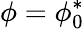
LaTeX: \phi=\phi_{0}^{*}